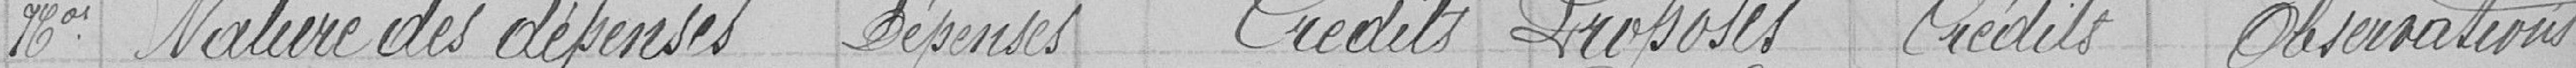
Numéros Nature des dépenses  Dépenses crédits proposés Crédits Observations